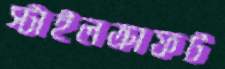
স্টাইলক্রাফট